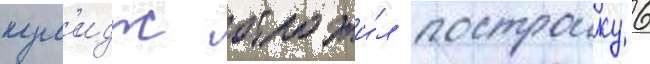
кул'идж отложи́л построику 6